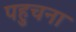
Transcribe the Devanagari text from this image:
पहुचना